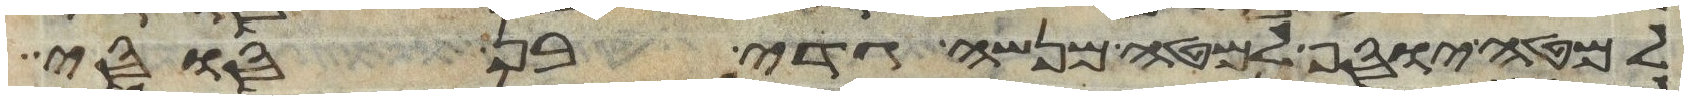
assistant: למטה יוסף למטה מנשה גדי בן סוסי